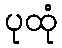
ပုထုံ